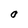
Character: 0